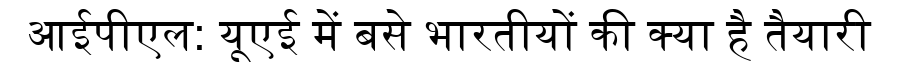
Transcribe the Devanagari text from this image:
आईपीएल: यूएई में बसे भारतीयों की क्या है तैयारी